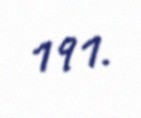
191.